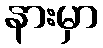
နားမှာ